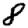
Digit: 8